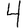
Digit: 4